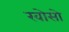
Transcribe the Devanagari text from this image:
खोसो